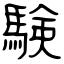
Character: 験